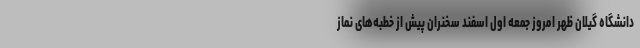
دانشگاه گیلان ظهر امروز جمعه اول اسفند سخنران پیش از خطبه‌های نماز